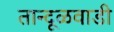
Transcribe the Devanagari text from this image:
तान्दूळवाडी